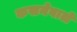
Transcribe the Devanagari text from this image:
कसनेवाले